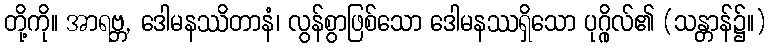
တို့ကို။ အာရဗ္ဘ, ဒေါမနဿိတာနံ၊ လွန်စွာဖြစ်သော ဒေါမနဿရှိသော ပုဂ္ဂိုလ်၏ (သန္တာန်၌။)